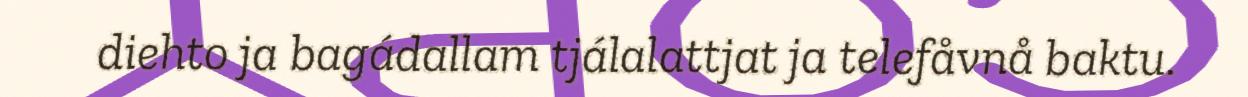
diehto ja bagádallam tjálalattjat ja telefåvnå baktu.